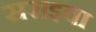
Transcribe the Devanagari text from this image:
सराइवा